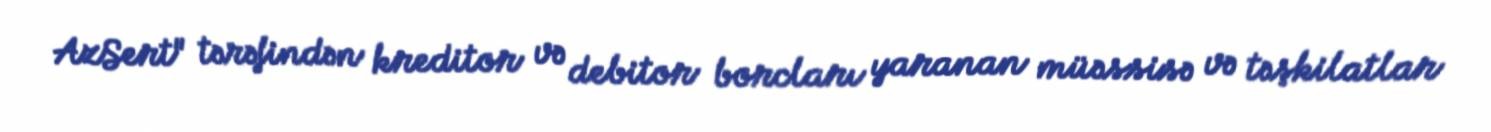
AzSert" tərəfindən kreditor və debitor borcları yaranan müəssisə və təşkilatlar